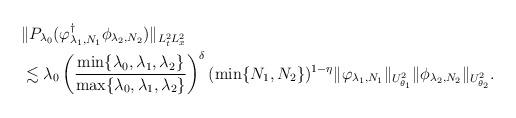
LaTeX: \begin{align*}\begin{aligned}&\|P_{\lambda_0} (\varphi_{\lambda_1,N_1}^\dagger\phi_{\lambda_2,N_2})\|_{L^2_tL^2_x} \\&\lesssim \lambda_0 \left(\frac{\min\{\lambda_0,\lambda_1,\lambda_2\}}{\max\{\lambda_0,\lambda_1,\lambda_2\}}\right)^\delta (\min\{N_1,N_2\})^{1-\eta}\|\varphi_{\lambda_1,N_1}\|_{U^2_{\theta_1}}\|\phi_{\lambda_2,N_2}\|_{U^2_{\theta_2}}.\end{aligned}\end{align*}